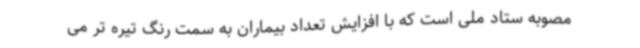
مصوبه ستاد ملی است که با افزایش تعداد بیماران به سمت رنگ تیره تر می